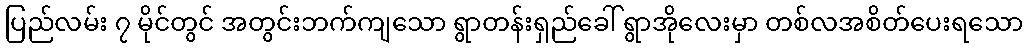
ပြည်လမ်း ၇ မိုင်တွင် အတွင်းဘက်ကျသော ရွာတန်းရှည်ခေါ် ရွာအိုလေးမှာ တစ်လအစိတ်ပေးရသော